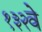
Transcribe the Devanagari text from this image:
१३२वे